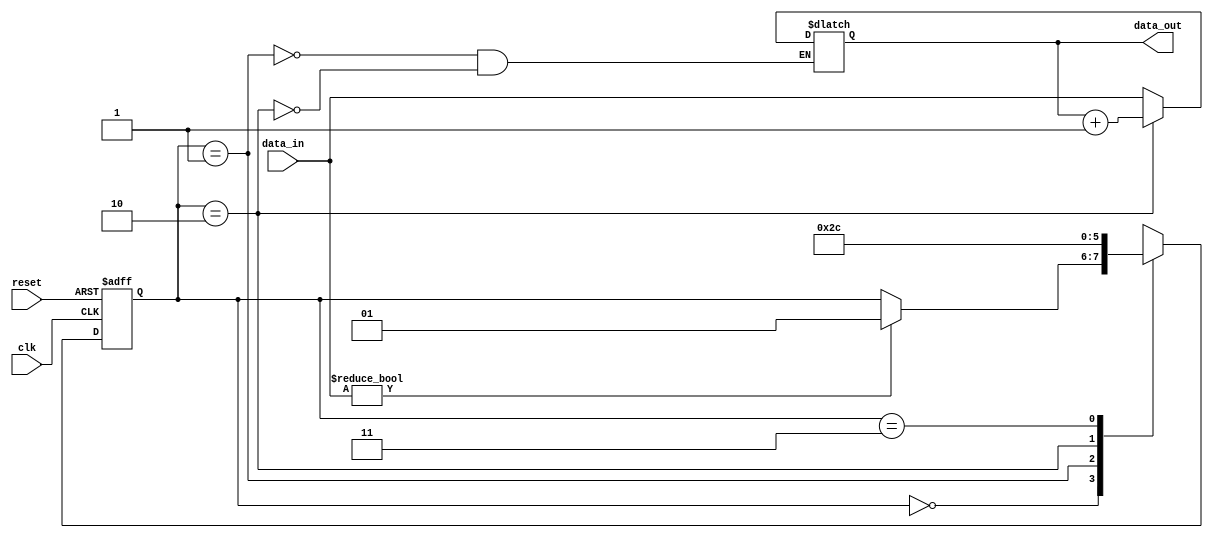
module simple_register (
    input wire clk,          // Clock input
    input wire reset,        // Asynchronous reset
    input wire [3:0] data_in, // 4-bit input data
    output reg [3:0] data_out // 4-bit output data
);

    // State declaration
    reg [1:0] state, next_state;

    // State encoding
    localparam STATE_IDLE = 2'b00,
               STATE_LOAD = 2'b01,
               STATE_PROCESS = 2'b10,
               STATE_OUTPUT = 2'b11;

    // Sequential logic for state transition
    always @(posedge clk or posedge reset) begin
        if (reset) begin
            state <= STATE_IDLE; // Reset state
        end else begin
            state <= next_state; // Update state
        end
    end

    // Combinational logic for next state and output
    always @(*) begin
        // Default assignments
        next_state = state; // Hold current state by default
        data_out <= data_out; // Hold current output by default

        case (state)
            STATE_IDLE: begin
                if (data_in != 4'b0000) begin
                    next_state = STATE_LOAD; // Transition to LOAD state
                end
            end
            STATE_LOAD: begin
                data_out <= data_in; // Load data into output
                next_state = STATE_PROCESS; // Transition to PROCESS state
            end
            STATE_PROCESS: begin
                // Example processing logic (e.g., incrementing the data)
                data_out <= data_out + 1; // Increment output data
                next_state = STATE_OUTPUT; // Transition to OUTPUT state
            end
            STATE_OUTPUT: begin
                // Output state can be used for further processing or hold
                next_state = STATE_IDLE; // Transition back to IDLE state
            end
            default: begin
                next_state = STATE_IDLE; // Default to IDLE state
            end
        endcase
    end

endmodule